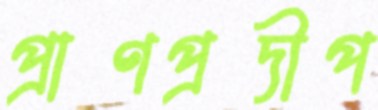
প্রাণপ্রদীপ